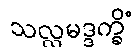
သလ္လမဒ္ဒက္ခိံ